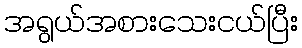
အရွယ်အစားသေးငယ်ပြီး